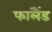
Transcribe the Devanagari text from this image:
फालैंड